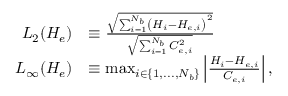
\begin{array} { r l } { L _ { 2 } ( H _ { e } ) } & { \equiv \frac { \sqrt { \sum _ { i = 1 } ^ { N _ { b } } \left( H _ { i } - H _ { e , i } \right) ^ { 2 } } } { \sqrt { \sum _ { i = 1 } ^ { N _ { b } } C _ { e , i } ^ { 2 } } } } \\ { L _ { \infty } ( H _ { e } ) } & { \equiv \operatorname* { m a x } _ { i \in \{ 1 , . . . , N _ { b } \} } \left| \frac { H _ { i } - H _ { e , i } } { C _ { e , i } } \right| , } \end{array}